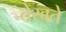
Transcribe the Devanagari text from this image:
तेखते